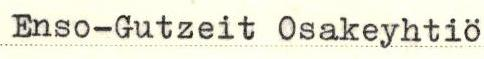
Enso-Gutzeit Osakeyhtiö